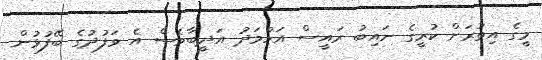
މީގެ އިތުރަށް ކުރީގެ ނައިބު ރައީސް އަހުމަދު އަދީބާވެސް އެ ވަފުދުގެ ބޭފުޅުން